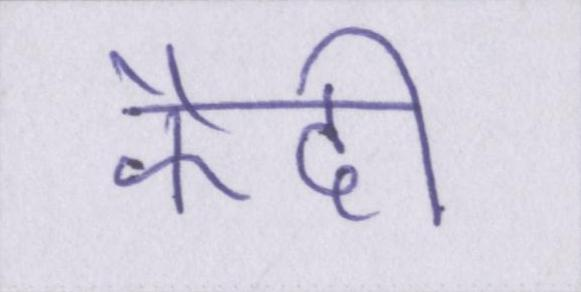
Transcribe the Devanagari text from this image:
कैदी